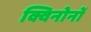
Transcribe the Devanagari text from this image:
क्विनोनों